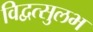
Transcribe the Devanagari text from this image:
विद्वत्सुलभ